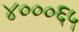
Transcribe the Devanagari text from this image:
४०००६५